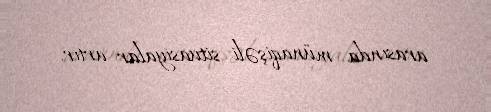
arasında münaqişəli situasiyalar artır.